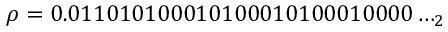
\rho = 0 . 0 1 1 0 1 0 1 0 0 0 1 0 1 0 0 0 1 0 1 0 0 0 1 0 0 0 0 \ldots _ { 2 }